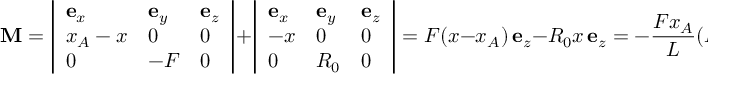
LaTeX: \mathbf { M } = \left| { \begin{array} { l l l } { \mathbf { e } _ { x } } & { \mathbf { e } _ { y } } & { \mathbf { e } _ { z } } \\ { x _ { A } - x } & { 0 } & { 0 } \\ { 0 } & { - F } & { 0 } \end{array} } \right| + \left| { \begin{array} { l l l } { \mathbf { e } _ { x } } & { \mathbf { e } _ { y } } & { \mathbf { e } _ { z } } \\ { - x } & { 0 } & { 0 } \\ { 0 } & { R _ { 0 } } & { 0 } \end{array} } \right| = F ( x - x _ { A } ) \, \mathbf { e } _ { z } - R _ { 0 } x \, \mathbf { e } _ { z } = - { \frac { F x _ { A } } { L } } ( L - x ) \, \mathbf { e } _ { z } \, .